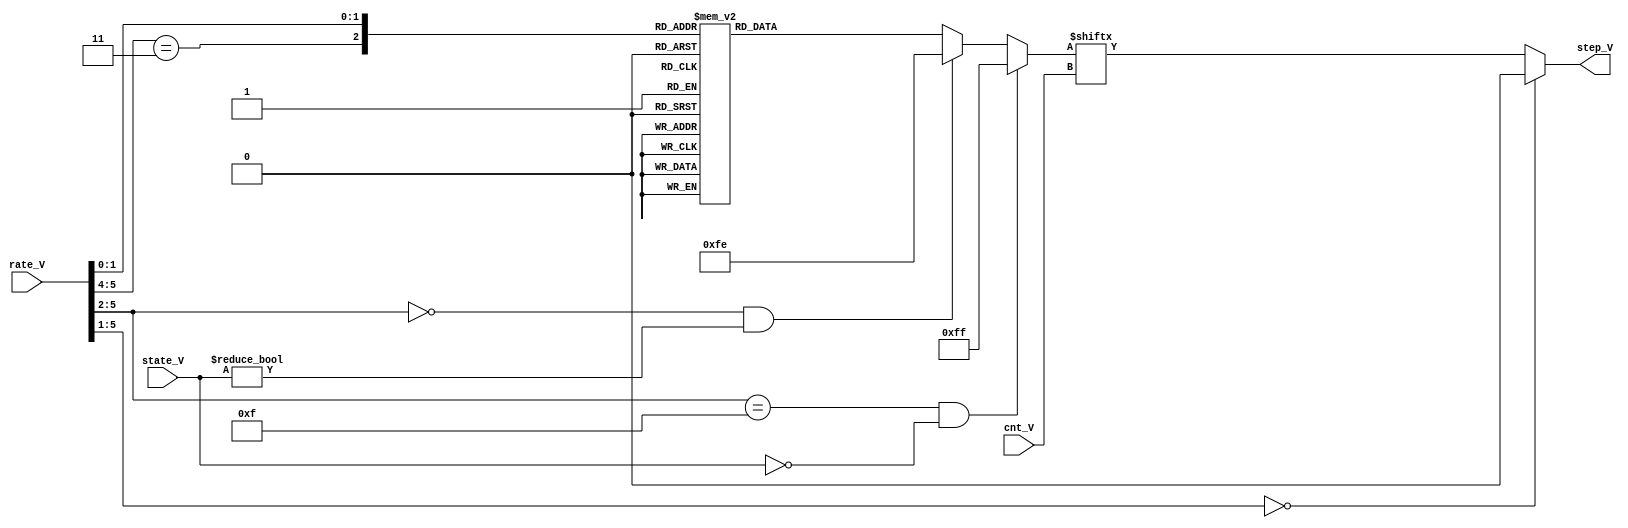
module eg_step_ram(
	input [2:0] state_V,
	input [5:0] rate_V,
	input [2:0] cnt_V,
	output reg step_V
);
localparam ATTACK=3'd0, DECAY1=3'd1, DECAY2=3'd2, RELEASE=3'd7, HOLD=3'd3;
reg [7:0] step_idx;
reg [7:0] step_ram;
always @(*)
	case( { rate_V[5:4]==2'b11, rate_V[1:0]} )
		3'd0: step_ram = 8'b00000000;
		3'd1: step_ram = 8'b10001000; 
		3'd2: step_ram = 8'b10101010; 
		3'd3: step_ram = 8'b11101110; 
		3'd4: step_ram = 8'b10101010; 
		3'd5: step_ram = 8'b11101010; 
		3'd6: step_ram = 8'b11101110; 
		3'd7: step_ram = 8'b11111110; 
	endcase
always @(*) begin : rate_step
	if( rate_V[5:2]==4'hf && state_V == ATTACK)
		step_idx = 8'b11111111; 
	else
	if( rate_V[5:2]==4'd0 && state_V != ATTACK)
		step_idx = 8'b11111110; 
	else
		step_idx = step_ram;
	step_V = rate_V[5:1]==5'd0 ? 1'b0 : step_idx[ cnt_V ];
end
endmodule